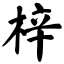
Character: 梓